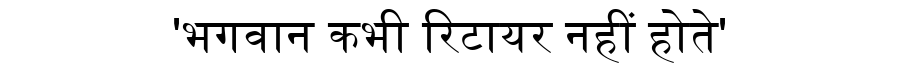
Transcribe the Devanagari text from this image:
'भगवान कभी रिटायर नहीं होते'